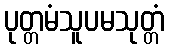
ပုတ္တမံသူပမသုတ္တံ